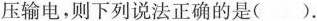
压输电，则下列说法正确的是()。